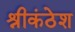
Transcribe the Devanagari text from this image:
श्रीकंठेश